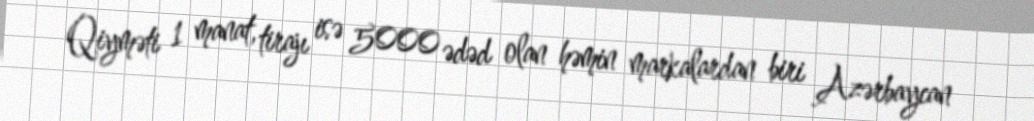
Qiyməti 1 manat, tirajı isə 5000 ədəd olan həmin markalardan biri Azərbaycan